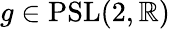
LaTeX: g\in\mathrm{{PSL}}(2,\mathbb{R})